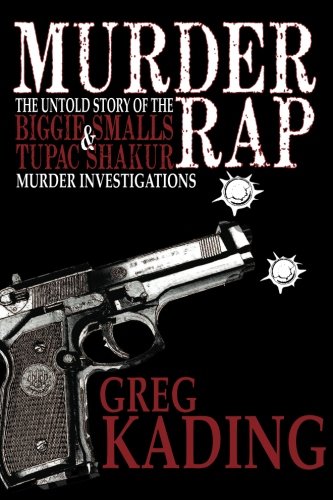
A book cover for Murder Rap: The Untold Story of the Biggie Smalls & Tupac Shakur Murder Investigations by the Detective Who Solved Both Cases; Greg Kading; Biographies & Memoirs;